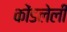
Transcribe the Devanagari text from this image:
कोंडलेली